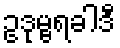
ဥဒုမ္ဗရခါဒီ